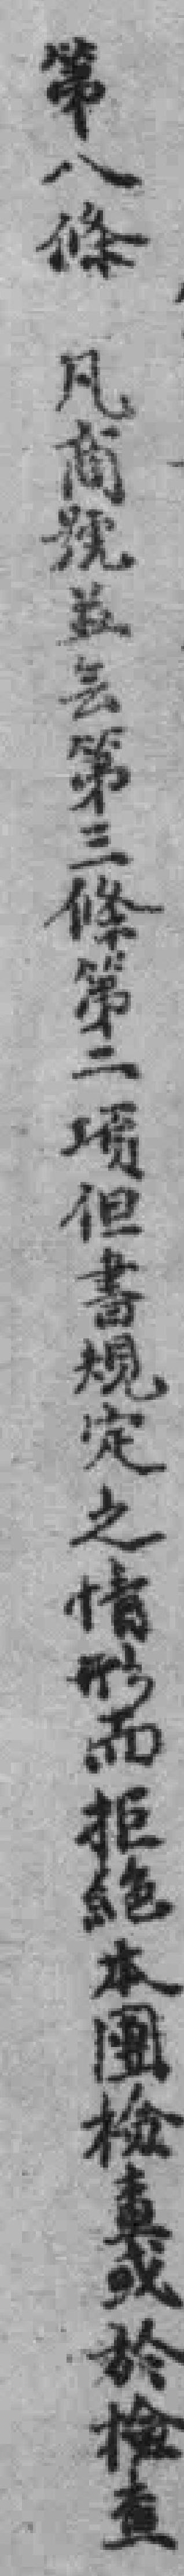
第八條凡商號並会第三條第二項但書規定之情形而拒絕本團檢查或於檢查